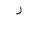
Letter: _ra